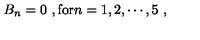
B _ { n } = 0 \ , \mathrm { f o r } n = 1 , 2 , \cdots , 5 \ ,